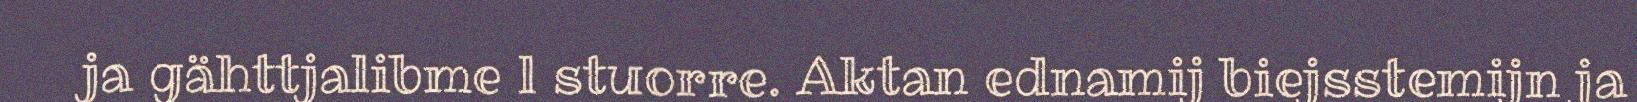
ja gähttjalibme l stuorre. Aktan ednamij biejsstemijn ja